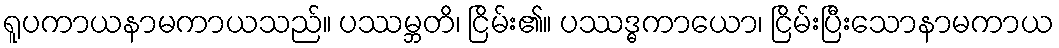
ရူပကာယနာမကာယသည်။ ပဿမ္ဘတိ၊ ငြိမ်း၏။ ပဿဒ္ဓကာယော၊ ငြိမ်းပြီးသောနာမကာယ